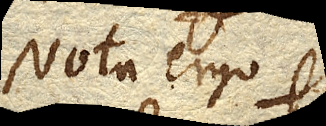
Nota ergo